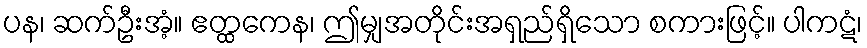
ပန၊ ဆက်ဦးအံ့။ ဧတ္ထကေန၊ ဤမျှအတိုင်းအရှည်ရှိသော စကားဖြင့်။ ပါကဋံ၊